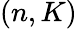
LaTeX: (n,K)